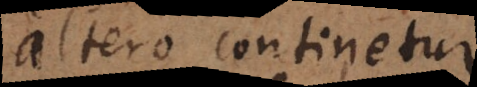
ro continetur,